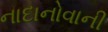
નાદાનોવાની